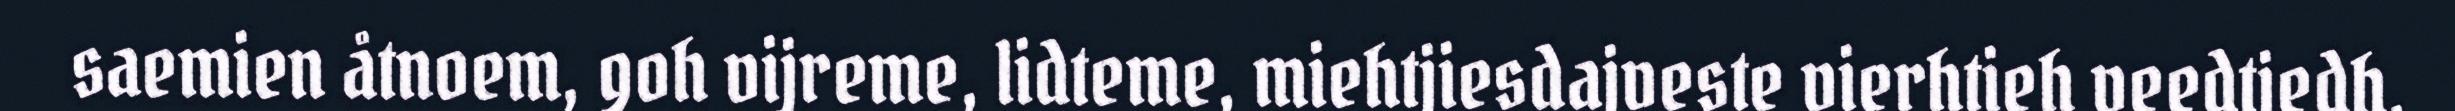
saemien åtnoem, goh vijreme, lidteme, miehtjiesdajveste vierhtieh veedtjedh,